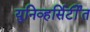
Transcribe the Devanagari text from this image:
युनिव्हर्सिर्टींत